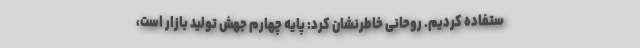
ستفاده کردیم. روحانی خاطرنشان کرد: پایه چهارم جهش تولید بازار است،